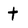
Character: t